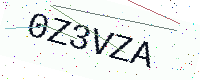
Text: 0Z3VZA